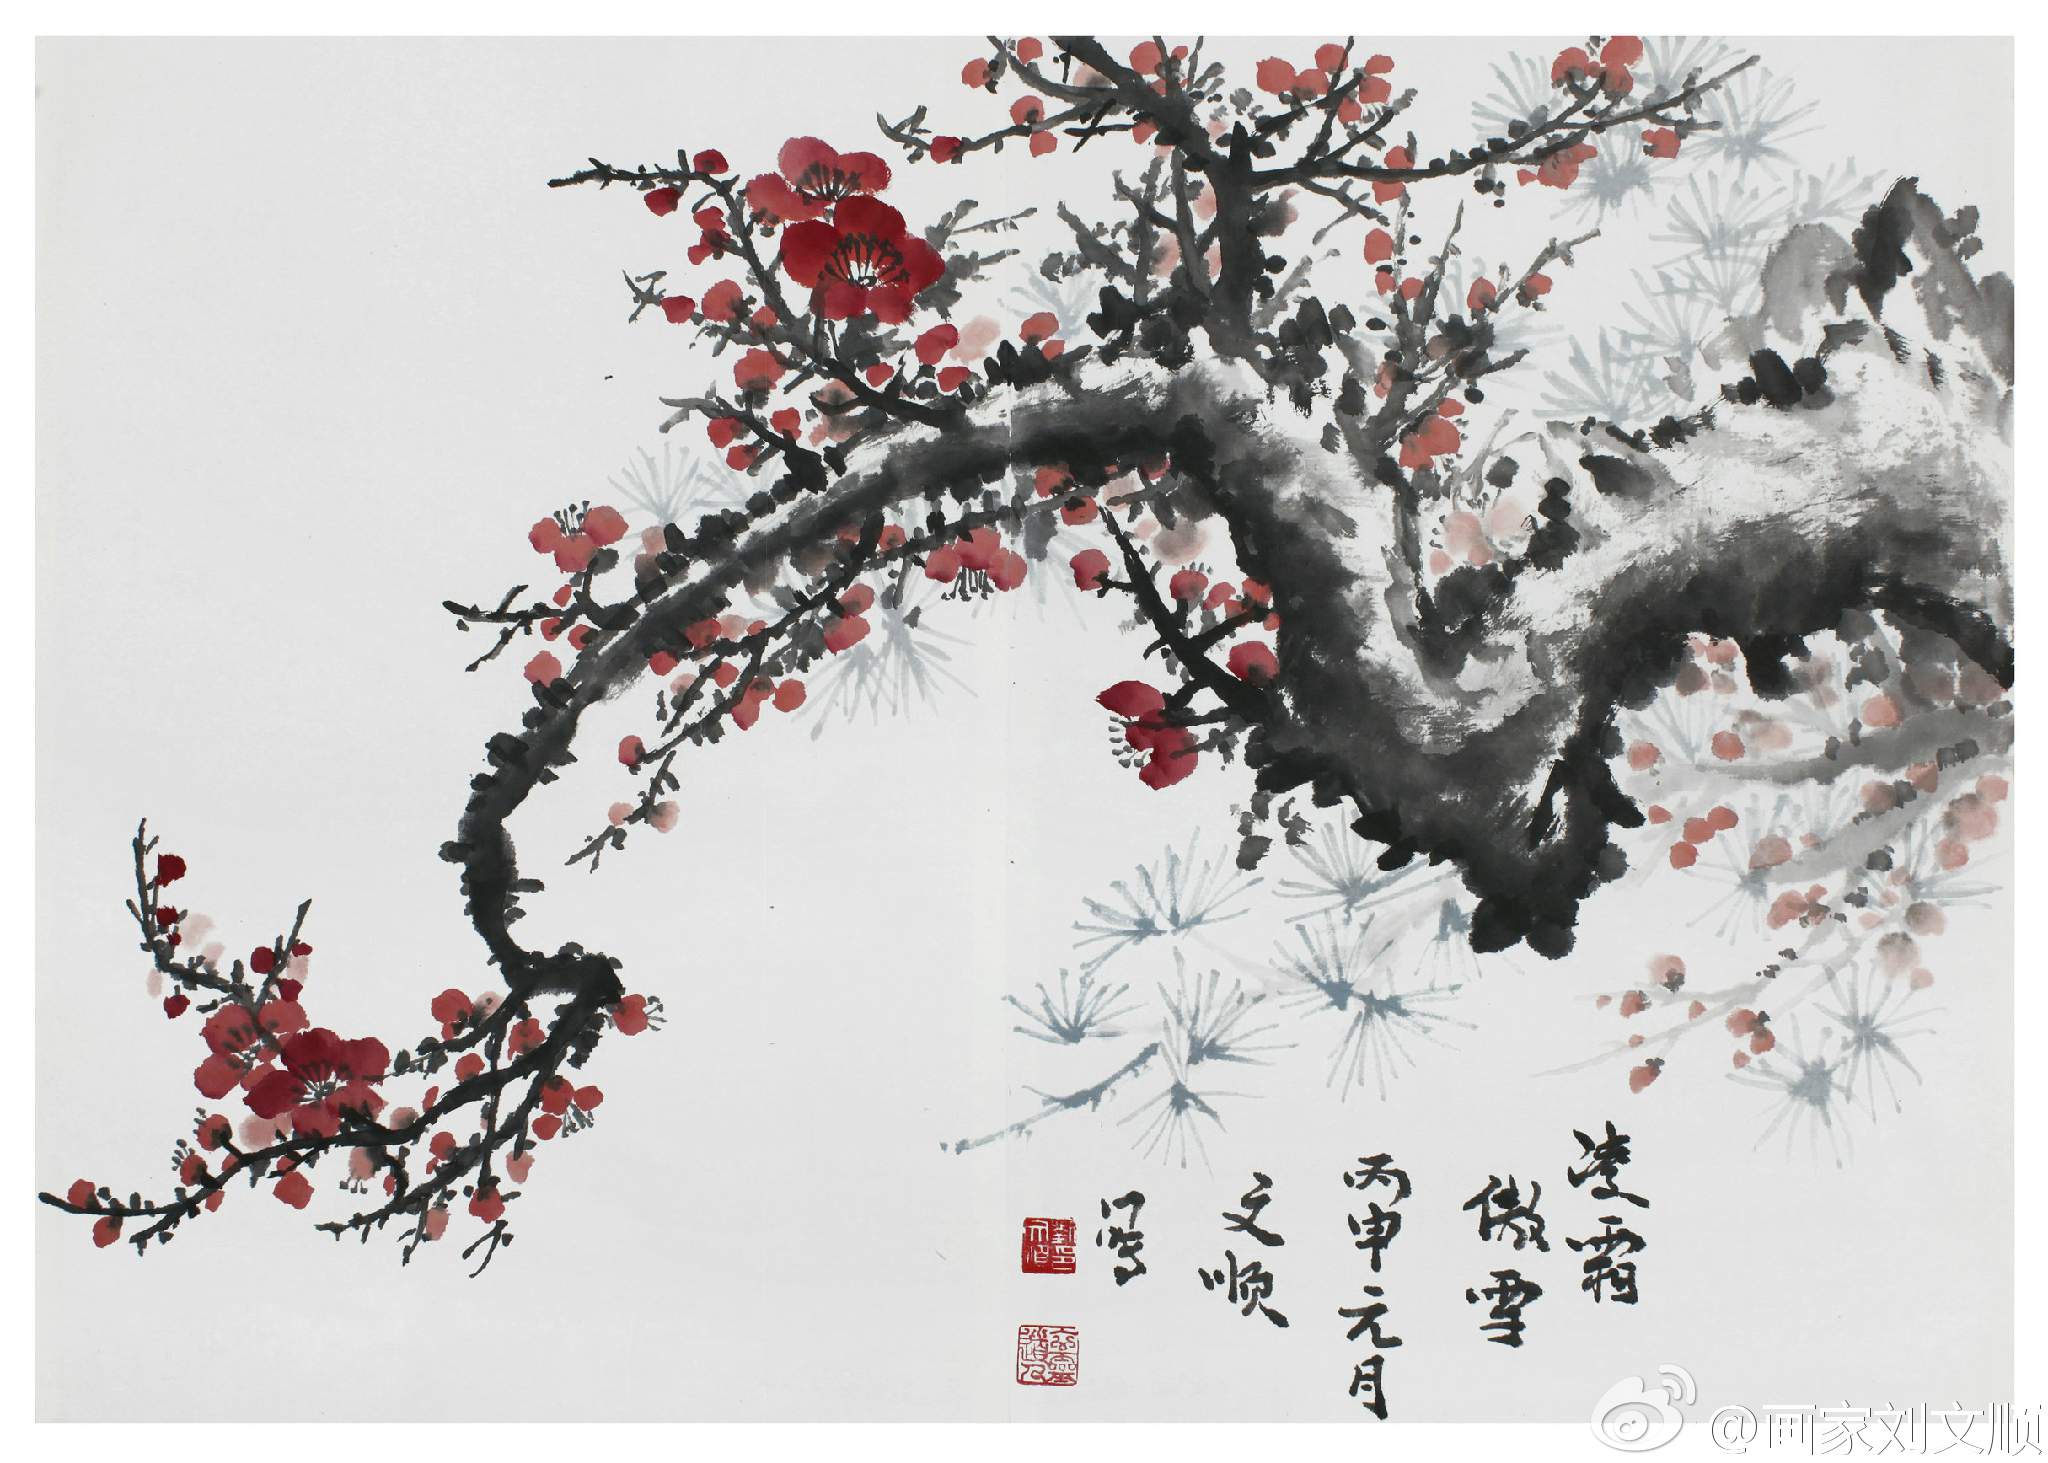
自是相思抽不尽，却教风雨怨秋声。